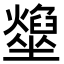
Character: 𡓢